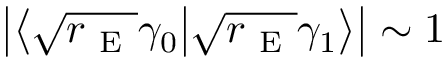
\left| \left\langle \sqrt { r _ { \mathrm { ~ E ~ } } } \gamma _ { 0 } \big | \sqrt { r _ { \mathrm { ~ E ~ } } } \gamma _ { 1 } \right\rangle \right| \sim 1